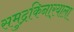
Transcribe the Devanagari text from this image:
समुद्रकिनार्‍याला